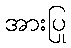
အားပြု